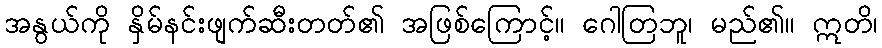
အနွယ်ကို နှိမ်နင်းဖျက်ဆီးတတ်၏ အဖြစ်ကြောင့်။ ဂေါတြဘူ၊ မည်၏။ ဣတိ၊